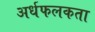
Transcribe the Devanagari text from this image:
अर्धफलकता